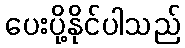
ပေးပို့နိုင်ပါသည်